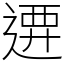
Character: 𨔰